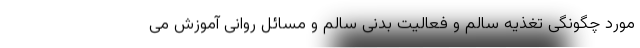
مورد چگونگی تغذیه سالم و فعالیت بدنی سالم و مسائل روانی آموزش می‌